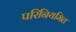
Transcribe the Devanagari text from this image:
परिनियमित